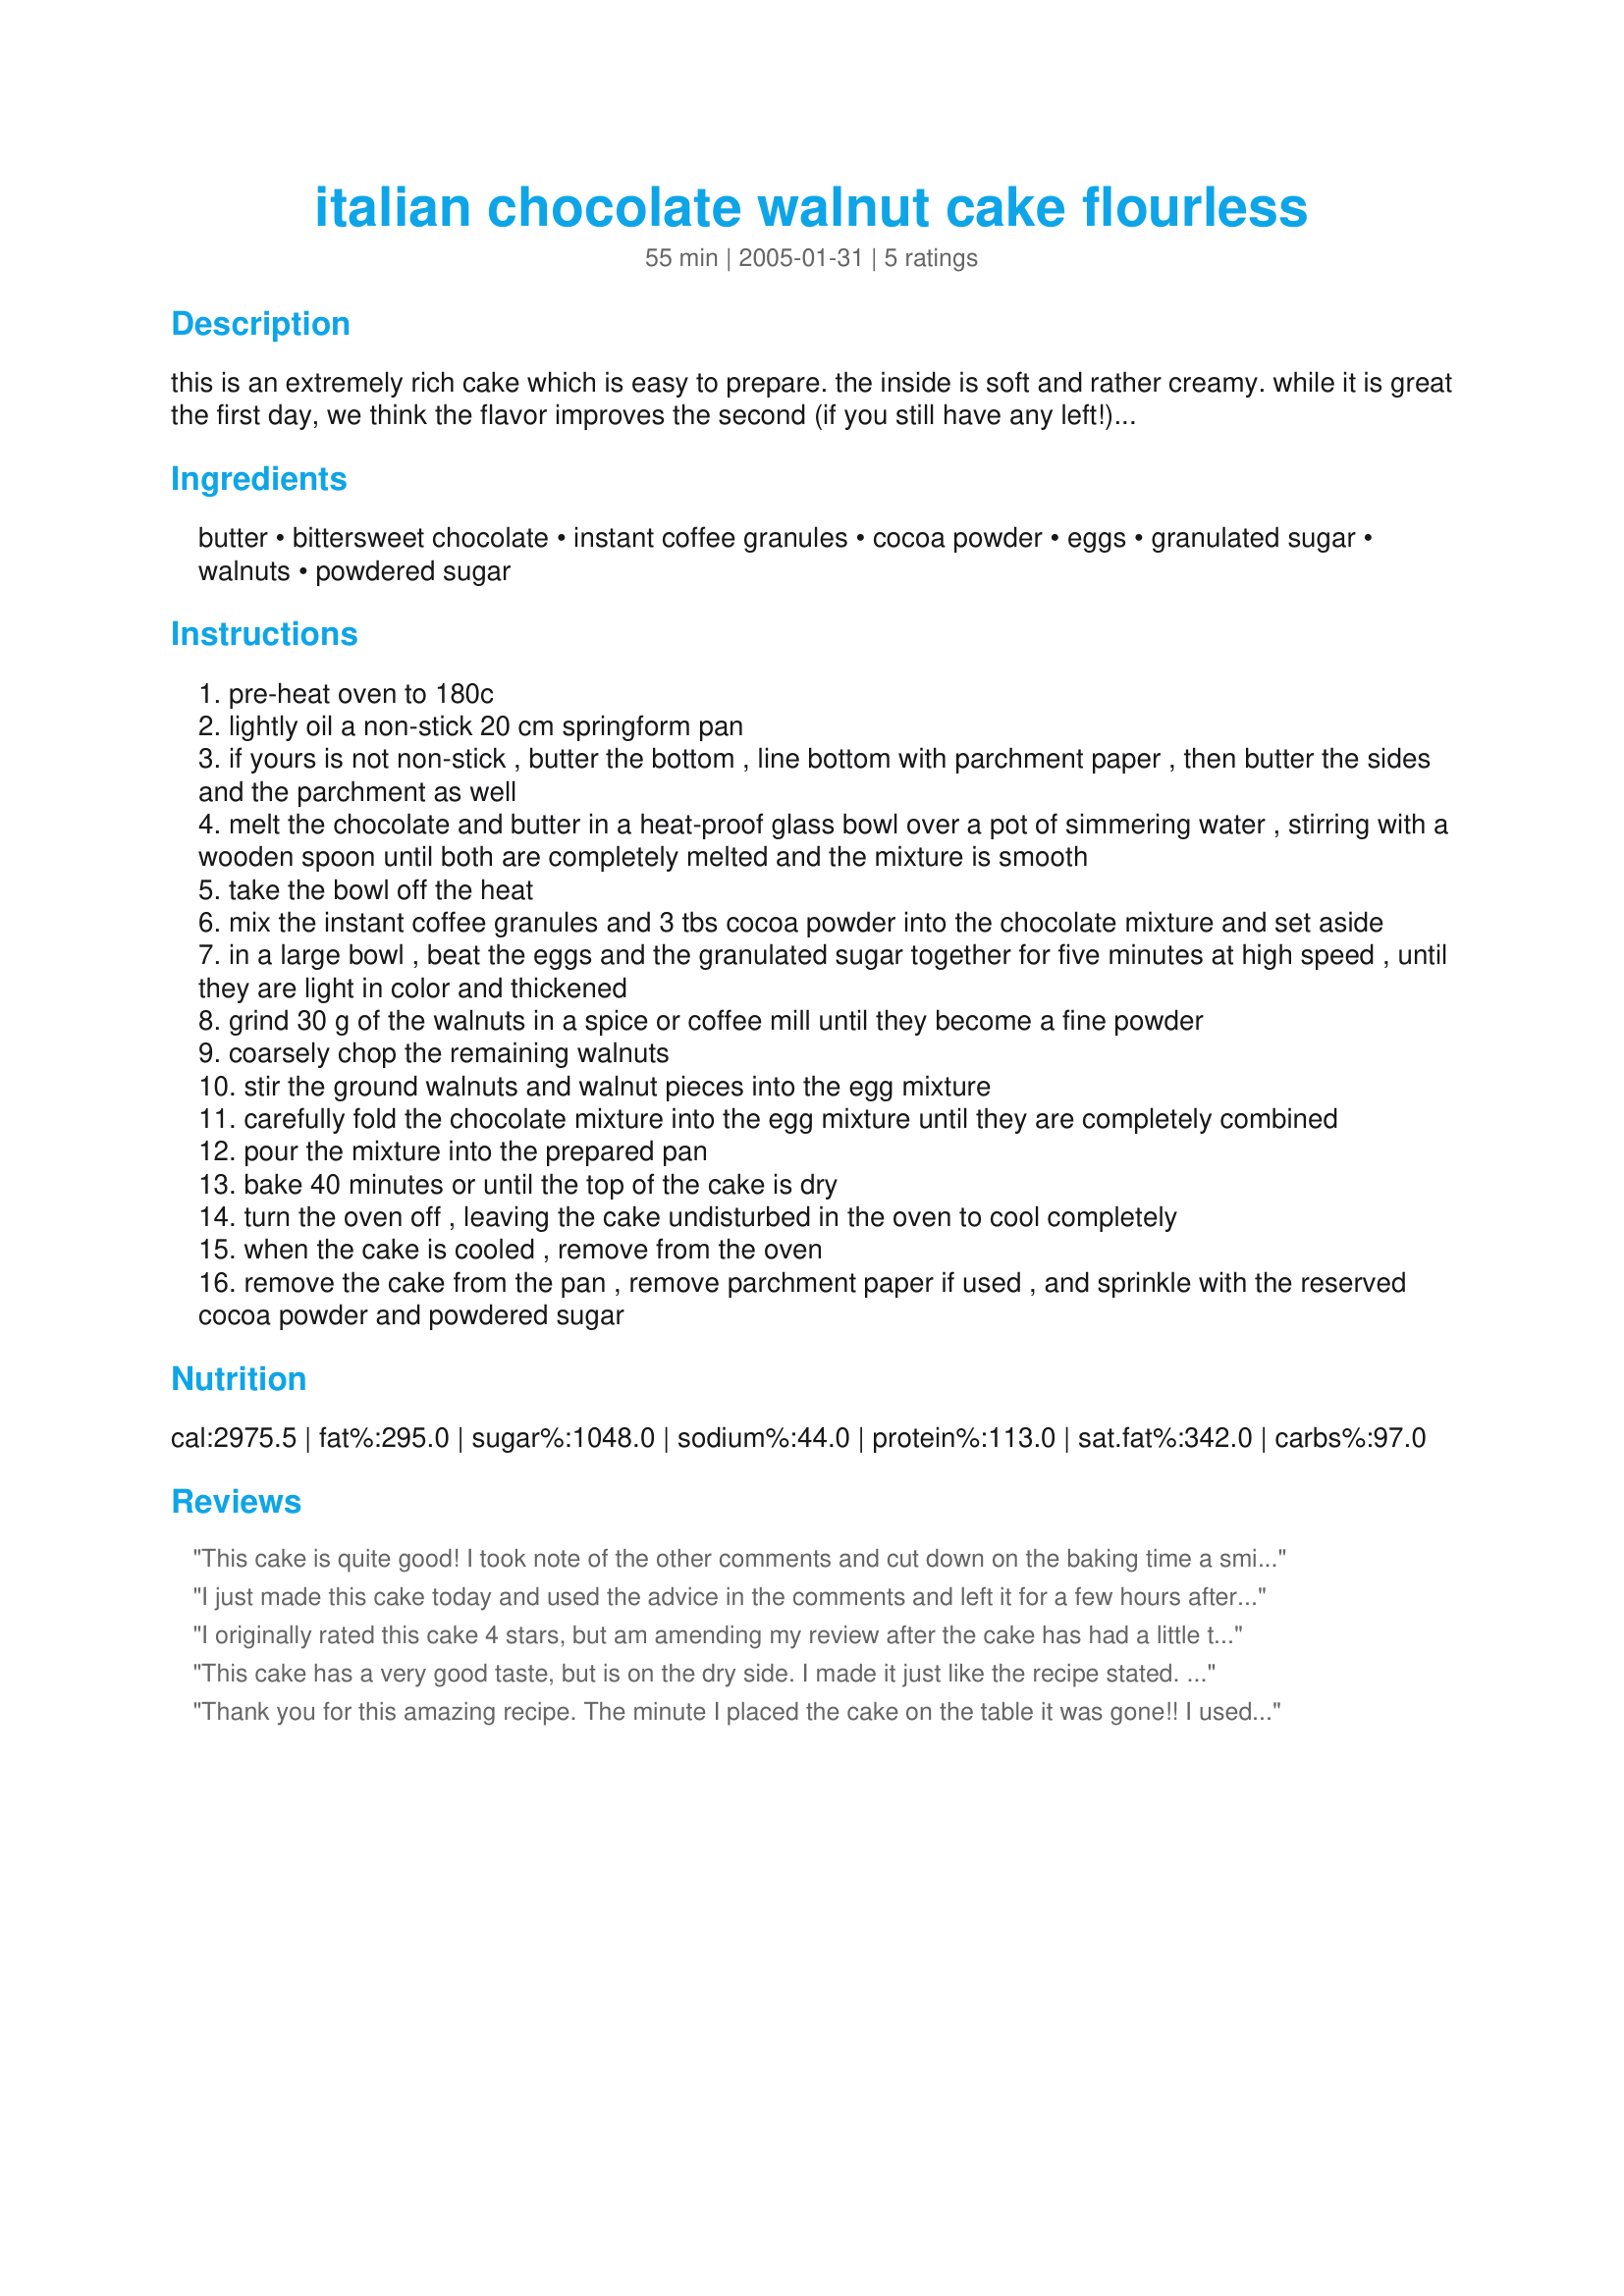
italian chocolate walnut cake flourless
Preparation time: 55 minutes

this is an extremely rich cake which is easy to prepare. the inside is soft and rather creamy. while it is great the first day, we think the flavor improves the second (if you still have any left!). cooking time does not include cooling time in the oven.

Ingredients:
butter, bittersweet chocolate, instant coffee granules, cocoa powder, eggs, granulated sugar, walnuts, powdered sugar

Steps:
pre-heat oven to 180c
lightly oil a non-stick 20 cm springform pan
if yours is not non-stick , butter the bottom , line bottom with parchment paper , then butter the sides and the parchment as well
melt the chocolate and butter in a heat-proof glass bowl over a pot of simmering water , stirring with a wooden spoon until both are completely melted and the mixture is smooth
take the bowl off the heat
mix the instant coffee granules and 3 tbs cocoa powder into the chocolate mixture and set aside
in a large bowl , beat the eggs and the granulated sugar together for five minutes at high speed , until they are light in color and thickened
grind 30 g of the walnuts in a spice or coffee mill until they become a fine powder
coarsely chop the remaining walnuts
stir the ground walnuts and walnut pieces into the egg mixture
carefully fold the chocolate mixture into the egg mixture until they are completely combined
pour the mixture into the prepared pan
bake 40 minutes or until the top of the cake is dry
turn the oven off , leaving the cake undisturbed in the oven to cool completely
when the cake is cooled , remove from the oven
remove the cake from the pan , remove parchment paper if used , and sprinkle with the reserved cocoa powder and powdered sugar

Reviews:
This cake is quite good! I took note of the other comments and cut down on the baking time a smidge and then left the oven door ajar to help it cool faster. The meringue on top collapsed a little, which maybe it's not supposed to, but the result was a fudgy, delicious cake! Yum! One other comment is that I think the cake might be better without the walnuts.
I just made this cake today and used the advice in the comments and left it for a few hours after cooking.
I tasted it and it was extremely rich, very very filling and a tiny slice was enough to fill me.

I made this cake because I was extremely intrigued about the fact that this cake had no flour and wanted to see how it would turn out. It was extremely moist and wet and sticky, beautiful.

Extremely filling and very naughty! I found the cake extremely easy and quick to make, it does rise a ot so make sure that the tin that you put the mix in has a bit of room at the top.

The walnuts really did make the cake fantastic, it would just be goo if there was not a crunchy walnut flavour in there. I also had fun with the cocoa powder and icing sugar garnish on top.

Picture will be posted up soon.
I originally rated this cake 4 stars, but am amending my review after the cake has had a little time to improve with a few hours of "age." I managed to wrestle with the conversion of the ingredients from metrics, and I used an oven thermometer and left it in the over for less time than the recipe called for - just in case. At first, it was indeed "dry" and actually hard to swallow. Amazingly, after it sat around for the afternoon, it became creamier and much more appealing. I do not know what an Italian flourless cake is supposed to taste like, but I believe that I followed the recipe correctly and I do like the results. I would describe the top layer as almost meringue-like and the inside is…powdery/moist. It’s hard to put my finger on it but it is definitely NOT fudge-like or like a brownie, so if you are looking for that, you will be disappointed. I do prefer other types of chocolate cake, but if anyone ever wants me to recommend a good recipe for an Italian flourless cake, I would suggest this one, as I believe that it is a 5 star recipe for what it is. Thanks for posting, it was a fun adventure.
This cake has a very good taste, but is on the dry side. I made it just like the recipe stated. I think leaving it in the oven for so long dries it out to much.I am going to make it again as we love the flavor, very good with Ice Cream.I want to see what happens not leaving the oven not as long maybe 1 hour after baking for 40 minutes.
Thank you for this amazing recipe. The minute I placed the cake on the table it was gone!! I used a full cup of walnuts dived as per the recipe. I kept the cake for 2 hours inside the oven to cool. Then I transferred it straight to the fridge for another 2 hours before serving it. It is very rare that you come across a simple recipe like this one, and end up with a delicious result. Thanks again!!!
